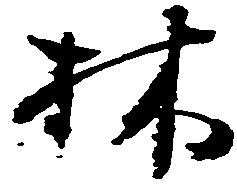
林